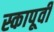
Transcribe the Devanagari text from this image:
स्कापूर्वी